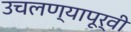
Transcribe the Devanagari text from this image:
उचलण्यापूर्वी